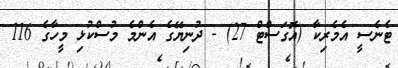
ޓެނެސީ އެމެރިކާ (އޮގަސްޓް 27) - ދުނިޔޭގެ އެންމެ މުސްކުޅި މީހާގެ 116